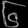
Digit: ၆